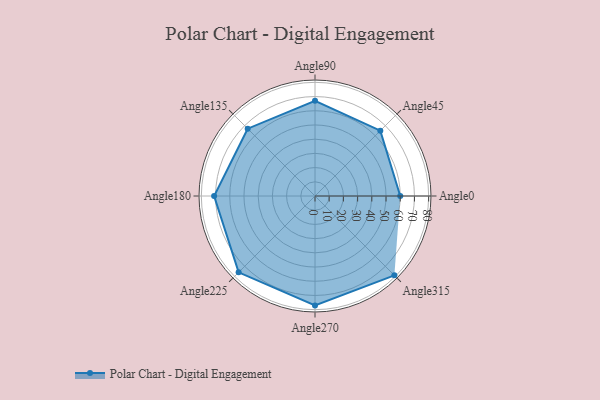
{"axis": {"x": "Angle", "y": "Radius"}, "legend": [""], "data": [{"x": "Angle0", "y": 60.0, "type": ""}, {"x": "Angle45", "y": 65.0, "type": ""}, {"x": "Angle90", "y": 67.0, "type": ""}, {"x": "Angle135", "y": 67.0, "type": ""}, {"x": "Angle180", "y": 71.0, "type": ""}, {"x": "Angle225", "y": 76.0, "type": ""}, {"x": "Angle270", "y": 77.0, "type": ""}, {"x": "Angle315", "y": 79.0, "type": ""}]}